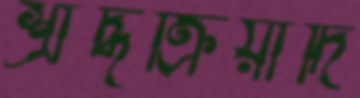
শ্রাদ্ধক্রিয়াদি